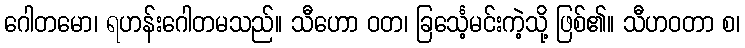
ဂေါတမော၊ ရဟန်းဂေါတမသည်။ သီဟော ဝတ၊ ခြင်္သေ့မင်းကဲ့သို့ ဖြစ်၏။ သီဟဝတာ စ၊